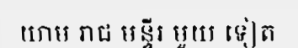
យាម រាជ មន្ទីរ មួយ ទៀត